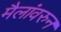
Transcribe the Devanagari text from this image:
मैलांवरुन